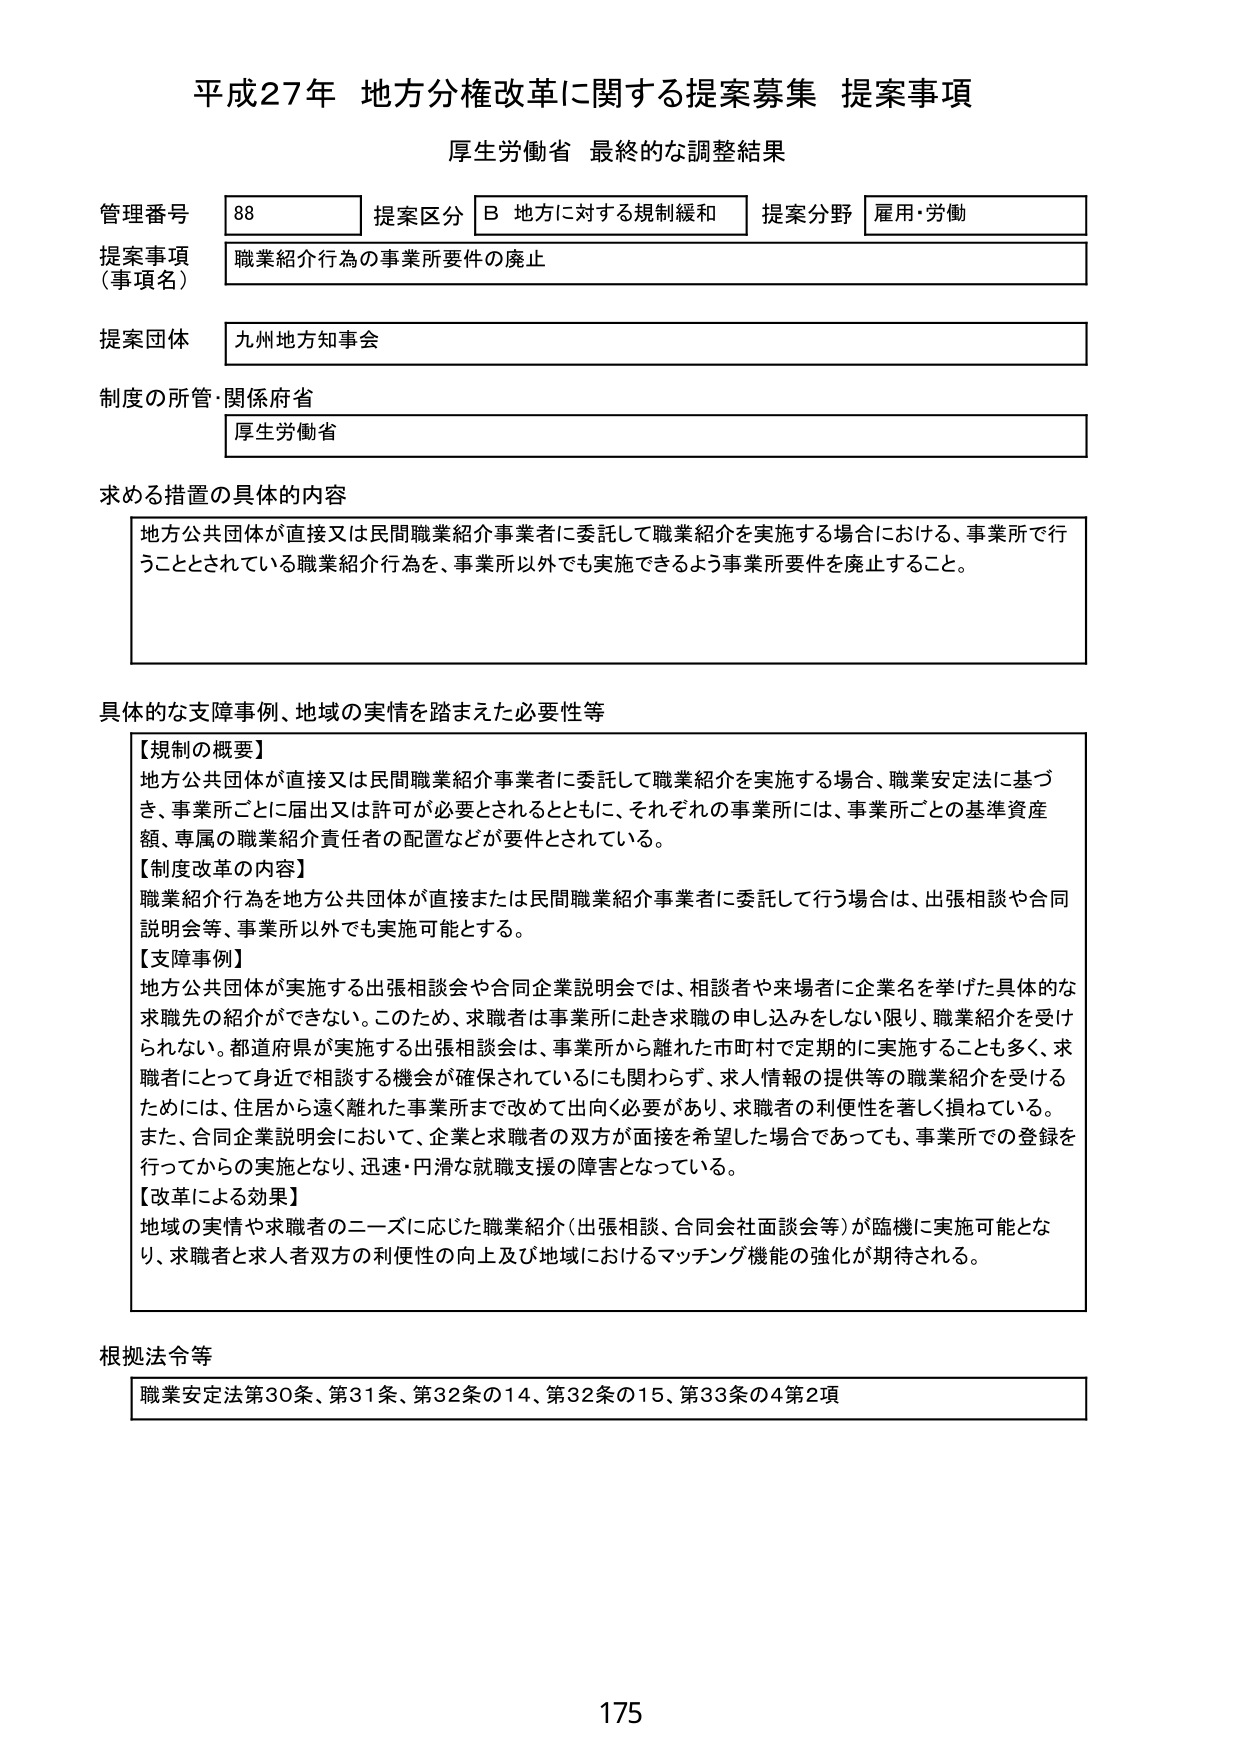
平成27年 地方分権改革に関する提案募集 提案事項
厚生労働省 最終的な調整結果

管理番号 88 提案区分 B 地方に対する規制緩和 提案分野 雇用・労働
提案事項（事項名） 職業紹介行為の事業所要件の廃止
提案団体 九州地方知事会
制度の所管・関係府省 厚生労働省

求める措置の具体的内容
地方公共団体が直接又は民間職業紹介事業者に委託して職業紹介を実施する場合における、事業所で行うこととされている職業紹介行為を、事業所以外でも実施できるよう事業所要件を廃止すること。

具体的な支障事例、地域の実情を踏まえた必要性等
【規制の概要】
地方公共団体が直接又は民間職業紹介事業者に委託して職業紹介を実施する場合、職業安定法に基づき、事業所ごとに届出又は許可が必要とされるとともに、それぞれの事業所には、事業所ごとの基準資産額、専属の職業紹介責任者の配置などが要件とされている。
【制度改革の内容】
職業紹介行為を地方公共団体が直接または民間職業紹介事業者に委託して行う場合は、出張相談や合同説明会等、事業所以外でも実施可能とする。
【支障事例】
地方公共団体が実施する出張相談会や合同企業説明会では、相談者や来場者に企業名を挙げた具体的な求職先の紹介ができない。このため、求職者は事業所に赴き求職の申し込みをしない限り、職業紹介を受けられない。都道府県が実施する出張相談会は、事業所から離れた市町村で定期的に実施することも多く、求職者にとって身近で相談する機会が確保されているにも関わらず、求人情報の提供等の職業紹介を受けるためには、住居から遠く離れた事業所まで改めて出向く必要があり、求職者の利便性を著しく損ねている。また、合同企業説明会において、企業と求職者の双方が面接を希望した場合であっても、事業所での登録を行ってからの実施となり、迅速・円滑な就職支援の障害となっている。
【改革による効果】
地域の実情や求職者のニーズに応じた職業紹介（出張相談、合同会社面談会等）が臨機に実施可能となり、求職者と求人者双方の利便性の向上及び地域におけるマッチング機能の強化が期待される。

根拠法令等
職業安定法第30条、第31条、第32条の14、第32条の15、第33条の4第2項

175